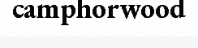
camphorwood